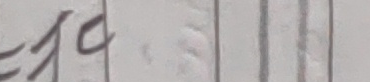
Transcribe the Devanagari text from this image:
सिए